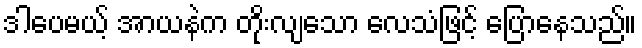
ဒါပေမယ့် အာယနဲက တိုးလျသော လေသံဖြင့် ပြောနေသည်။